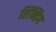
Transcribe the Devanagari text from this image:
शिंन्डिग